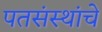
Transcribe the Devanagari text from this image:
पतसंस्थांचे